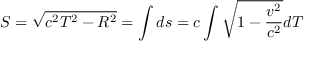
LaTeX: S = \sqrt { c ^ { 2 } T ^ { 2 } - R ^ { 2 } } = \int d s = c \int \sqrt { 1 - \frac { v ^ { 2 } } { c ^ { 2 } } } d T